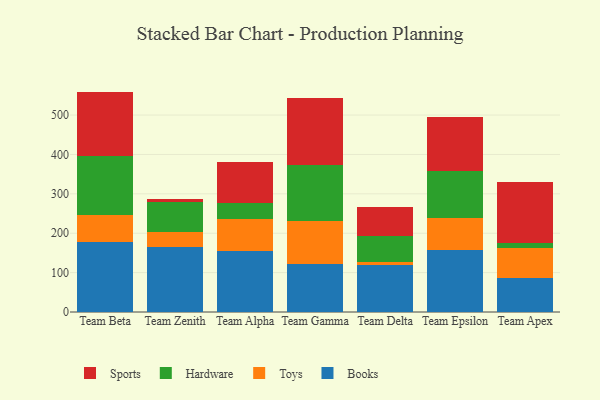
{"axis": {"x": "Team", "y": "Population (Million)"}, "legend": ["Books", "Hardware", "Sports", "Toys"], "data": [{"x": "Team Beta", "y": 178.2, "type": "Books"}, {"x": "Team Beta", "y": 69.0, "type": "Toys"}, {"x": "Team Beta", "y": 148.2, "type": "Hardware"}, {"x": "Team Beta", "y": 164.2, "type": "Sports"}, {"x": "Team Zenith", "y": 166.3, "type": "Books"}, {"x": "Team Zenith", "y": 37.5, "type": "Toys"}, {"x": "Team Zenith", "y": 75.8, "type": "Hardware"}, {"x": "Team Zenith", "y": 8.2, "type": "Sports"}, {"x": "Team Alpha", "y": 154.9, "type": "Books"}, {"x": "Team Alpha", "y": 80.4, "type": "Toys"}, {"x": "Team Alpha", "y": 42.2, "type": "Hardware"}, {"x": "Team Alpha", "y": 103.1, "type": "Sports"}, {"x": "Team Gamma", "y": 122.4, "type": "Books"}, {"x": "Team Gamma", "y": 109.3, "type": "Toys"}, {"x": "Team Gamma", "y": 140.3, "type": "Hardware"}, {"x": "Team Gamma", "y": 172.4, "type": "Sports"}, {"x": "Team Delta", "y": 118.7, "type": "Books"}, {"x": "Team Delta", "y": 8.3, "type": "Toys"}, {"x": "Team Delta", "y": 66.5, "type": "Hardware"}, {"x": "Team Delta", "y": 72.8, "type": "Sports"}, {"x": "Team Epsilon", "y": 157.3, "type": "Books"}, {"x": "Team Epsilon", "y": 80.4, "type": "Toys"}, {"x": "Team Epsilon", "y": 119.7, "type": "Hardware"}, {"x": "Team Epsilon", "y": 137.6, "type": "Sports"}, {"x": "Team Apex", "y": 87.3, "type": "Books"}, {"x": "Team Apex", "y": 75.1, "type": "Toys"}, {"x": "Team Apex", "y": 12.9, "type": "Hardware"}, {"x": "Team Apex", "y": 153.8, "type": "Sports"}]}